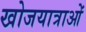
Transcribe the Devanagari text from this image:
खोजयात्राओं